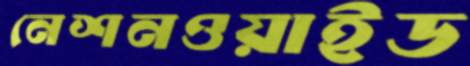
নেশনওয়াইড